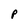
Character: P